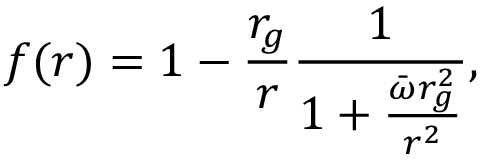
f ( r ) = 1 - \frac { r _ { g } } { r } \frac { 1 } { 1 + \frac { \bar { \omega } r _ { g } ^ { 2 } } { r ^ { 2 } } } ,